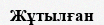
Жұтылған